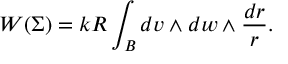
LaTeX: W ( \Sigma ) = k R \int _ { B } d v \wedge d w \wedge \frac { d r } { r } .